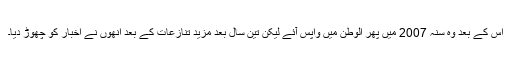
اس کے بعد وہ سنہ 2007 میں پھر الوطن میں واپس آئے لیکن تین سال بعد مزید تنازعات کے بعد انھوں نے اخبار کو چھوڑ دیا۔